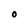
Character: O